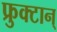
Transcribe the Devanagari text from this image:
फ्रुक्टान्